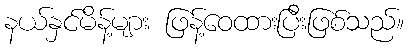
နယ်နှင်မိန့်များ ဖြန့်ဝေထားပြီးဖြစ်သည်။